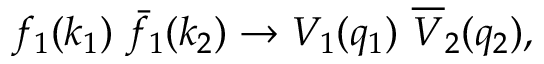
f _ { 1 } ( k _ { 1 } ) \ \bar { f } _ { 1 } ( k _ { 2 } ) \to V _ { 1 } ( q _ { 1 } ) \ \overline { { V } } _ { 2 } ( q _ { 2 } ) ,